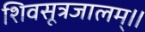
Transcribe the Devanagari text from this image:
शिवसूत्रजालम्॥